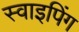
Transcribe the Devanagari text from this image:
स्वाइपिंग